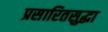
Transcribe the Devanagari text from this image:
प्रसारितसुद्धा